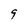
Character: 9